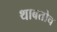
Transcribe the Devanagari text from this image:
थाबतोच